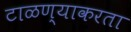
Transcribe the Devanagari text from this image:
टाळण्याकरता